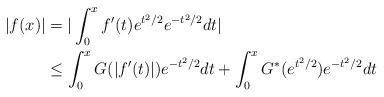
LaTeX: \begin{align*}|f(x)| & = | \int_0^x f'(t) e^{t^2/2} e^{-t^2/2} dt | \\& \leq \int_0^x G(|f'(t)|) e^{-t^2/2} dt + \int_0^x G^*(e^{t^2/2}) e^{-t^2/2} dt \end{align*}